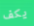
يكف